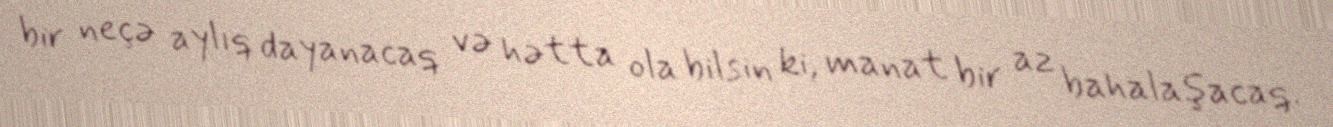
bir neçə aylıq dayanacaq və hətta ola bilsin ki, manat bir az bahalaşacaq.